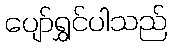
ပျော်ရွှင်ပါသည်